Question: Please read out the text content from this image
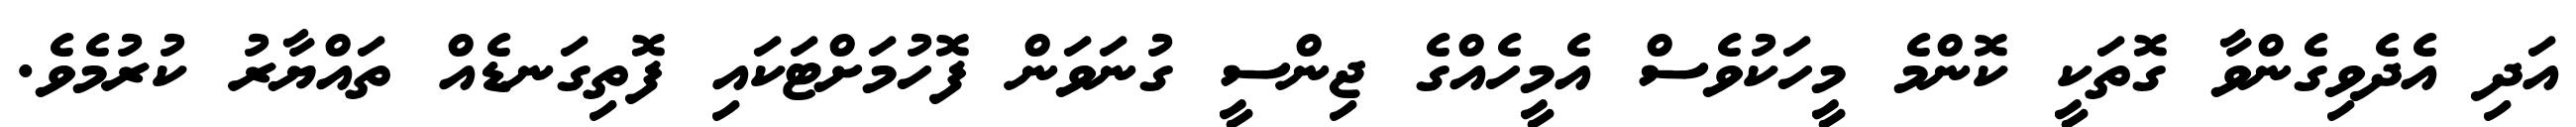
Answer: އަދި އެދެވިގެންވާ ގޮތަކީ ކޮންމެ މީހަކުވެސް އެމީހެއްގެ ޖިންސީ ގުނަވަން ފޮހުމަށްޓަކައި ފޮތިގަނޑެއް ތައްޔާރު ކުރުމެވެ.